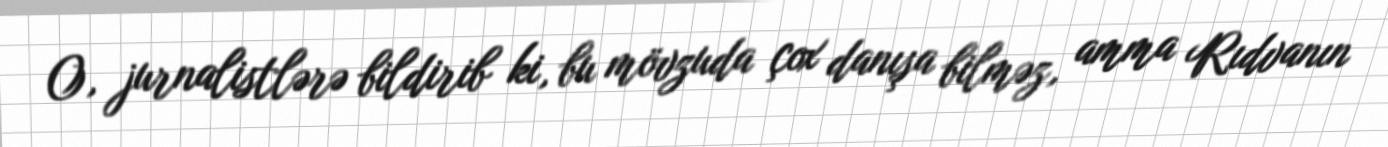
O, jurnalistlərə bildirib ki, bu mövzuda çox danışa bilməz, amma Rıdvanın